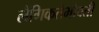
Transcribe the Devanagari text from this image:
लैंगिकतेभोवती